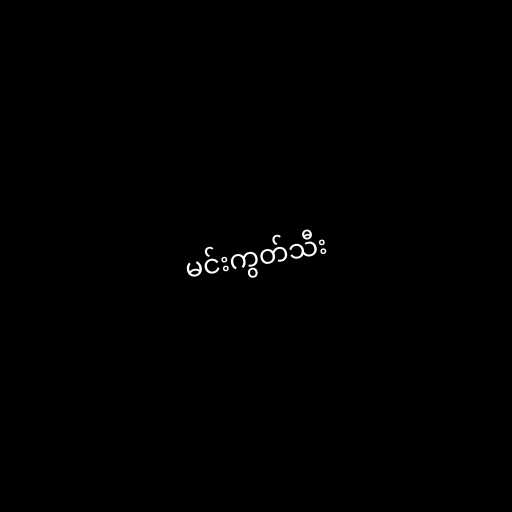
မင်းကွတ်သီး